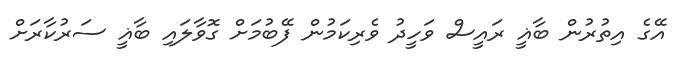
އޭގެ އިތުރުން ބާޣީ ރައީސް ވަހީދު ވެރިކަމުން ފޭބުމަށް ގޮވާލައި ބާޣީ ސަރުކާރަށް